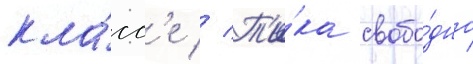
кла́сс'е // Т'и́ка свобо́дно